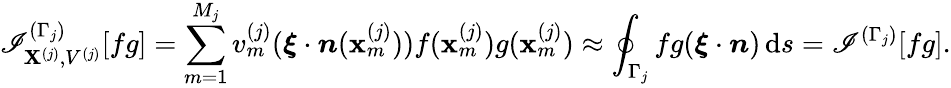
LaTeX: \mathscr{I}_{\mathbf{X}^{(j)},V^{(j)}}^{(\Gamma_{j})}[fg]=\sum_{m=1}^{M_{j}}v_{m}^{(j)}(\boldsymbol{\xi}\cdot\boldsymbol{n}(\mathbf{{x}}_{m}^{(j)}))f(\mathbf{{x}}_{m}^{(j)})g(\mathbf{{x}}_{m}^{(j)})\approx\oint_{\Gamma_{j}}fg(\boldsymbol{\xi}\cdot\boldsymbol{n})\, \mathrm{{d}}s=\mathscr{I}^{(\Gamma_{j})}[fg].